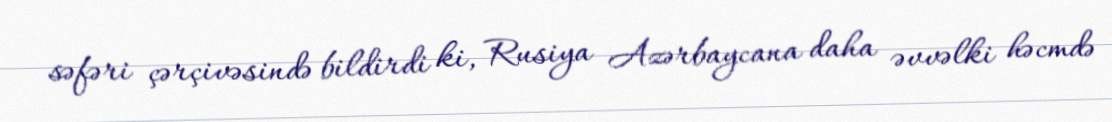
səfəri çərçivəsində bildirdi ki, Rusiya Azərbaycana daha əvvəlki həcmdə